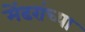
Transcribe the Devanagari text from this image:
मेंढरांच्या